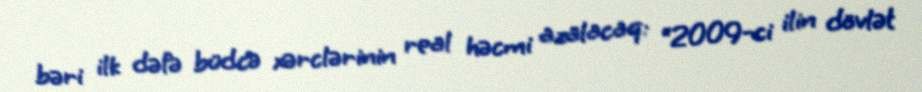
bəri ilk dəfə büdcə xərclərinin real həcmi azalacaq: “2009-ci ilin dövlət